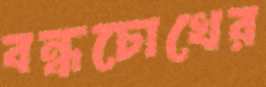
বন্ধচোখের